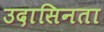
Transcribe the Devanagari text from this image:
उदासिनता